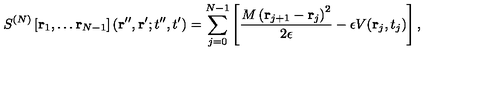
S ^ { ( N ) } \left[ { \bf r } _ { 1 } , \dots { \bf r } _ { N - 1 } \right] ( { \bf r } ^ { \prime \prime } , { \bf r } ^ { \prime } ; t ^ { \prime \prime } , t ^ { \prime } ) = \sum _ { j = 0 } ^ { N - 1 } \left[ \frac { M \left( { \bf r } _ { j + 1 } - { \bf r } _ { j } \right) ^ { 2 } } { 2 \epsilon } - \epsilon V ( { \bf r } _ { j } , t _ { j } ) \right] ,